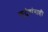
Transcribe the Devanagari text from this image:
कुटुंबांनाही